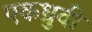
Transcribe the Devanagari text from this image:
एकध्रुवी